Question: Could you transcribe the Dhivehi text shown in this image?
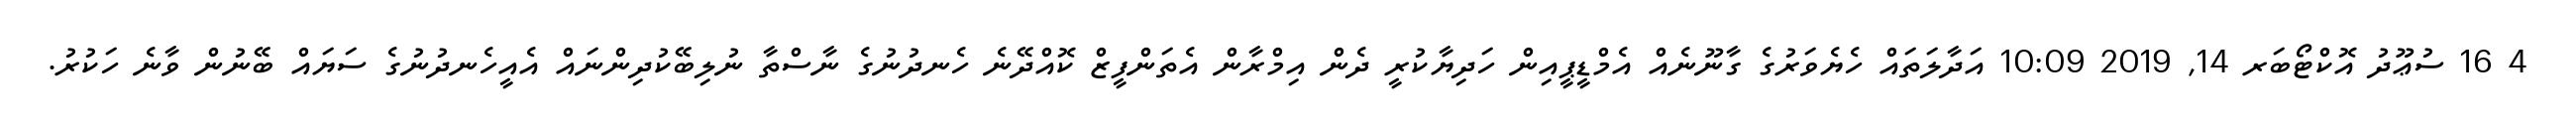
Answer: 4 16 ސުޢޫދު އޮކްޓޯބަރ 14, 2019 10:09 އަދާލަތައް ހެޔެވަރުގެ ގާނޫނެއް އެމްޑީޕީއިން ހަދިޔާކުރީ ދެން އިމްރާން އެތަންފީޒް ކޮއްދޭނެ ހެނދުނުގެ ނާސްތާ ނުލިބޭކުދިންނައް އެއީހެނދުނުގެ ސަޔައް ބޭނުން ވާނެ ހަކުރު.